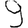
Digit: 9